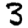
Digit: 3